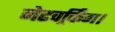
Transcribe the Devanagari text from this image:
नेटवर्र्किंग।